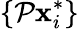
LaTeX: \{ \mathcal P\mathbf{x}_{i}^{*}\}